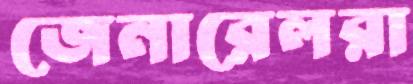
জেনারেলরা